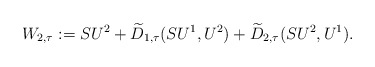
\begin{align*} W_{2,\tau} := SU^2 + \widetilde{D}_{1,\tau}(SU^1, U^2) + \widetilde{D}_{2,\tau}(SU^2, U^1). \end{align*}